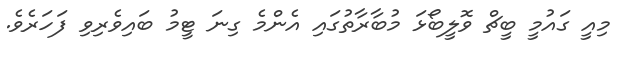
މިއީ ގައުމީ ބީޗް ވޮލީބޯޅަ މުބާރާތުގައި އެންމެ ގިނަ ޓީމު ބައިވެރިވި ފަހަރެވެ.